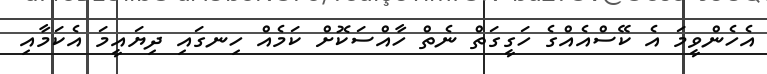
އެހެންވީމަ އެ ކޭސްއެއްގެ ހަގީގަތް ނެތް ހާއްސަކޮށް ކަމެއް ހިނގައި ދިޔައީމަ އެކަމާއި